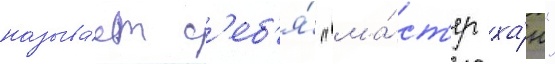
называ́ет с'еб'я́ "ма́ст'ер ха́н"